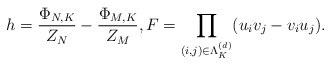
\begin{align*}h & = \frac{\Phi_{N,K}}{Z_N} - \frac{\Phi_{M,K}}{Z_M}, F = \prod _{(i,j) \in \Lambda_K^{(d)}} (u_i v_j - v _i u_j).\end{align*}